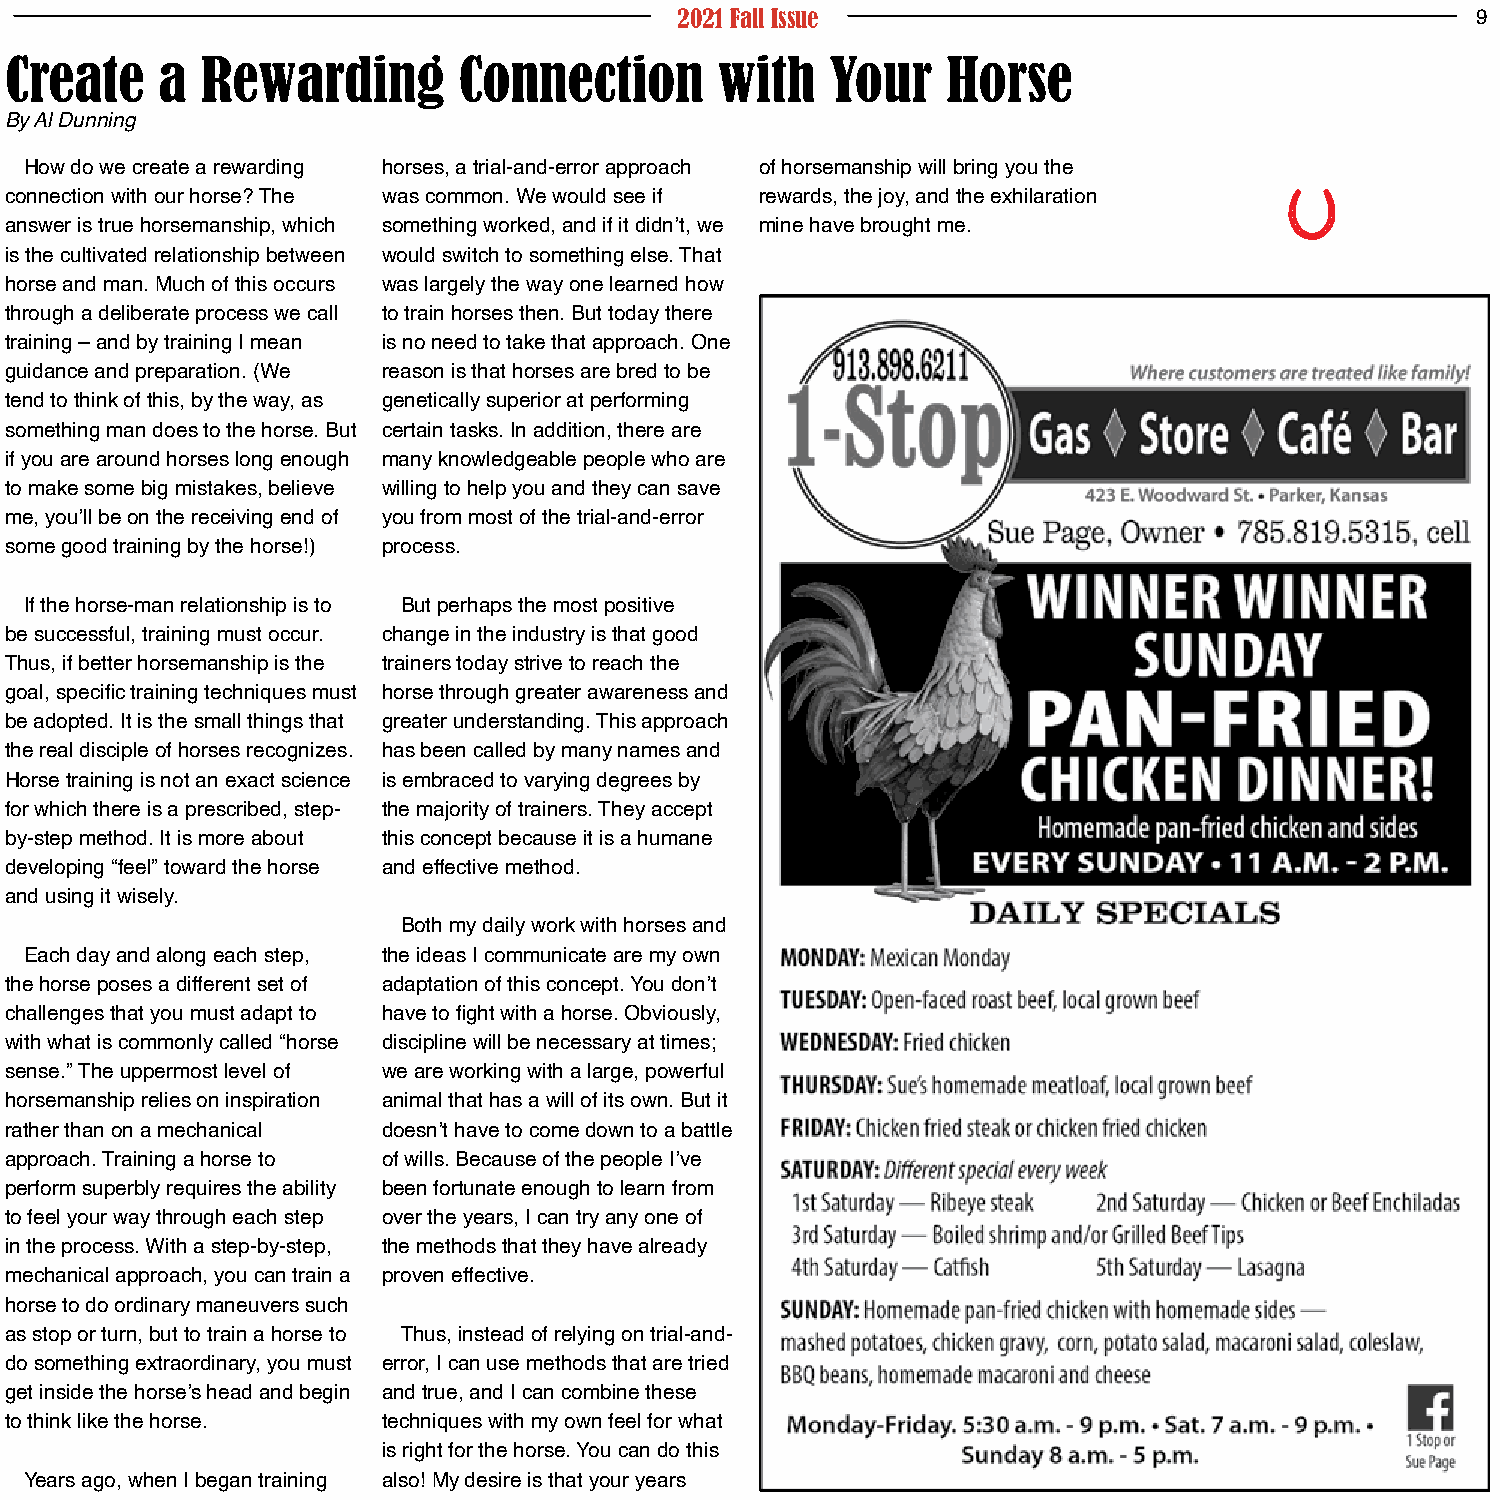
2021 Fall Issue                                      9
 Create     a Rewarding        Connection        with   Your    Horse
 By Al Dunning
 How do we create a rewarding horses, a trial-and-error approach of horsemanship will bring you the
 connection with our horse? The was common. We would see if rewards, the joy, and the exhilaration
 answer is true horsemanship, which something worked, and if it didn’t, we mine have brought me.
 is the cultivated relationship between would switch to something else. That
 horse and man. Much of this occurs was largely the way one learned how
 through a deliberate process we call to train horses then. But today there
 training – and by training I mean is no need to take that approach. One
 guidance and preparation. (We reason is that horses are bred to be
 tend to think of this, by the way, as genetically superior at performing
 something man does to the horse. But certain tasks. In addition, there are
 if you are around horses long enough many knowledgeable people who are
 to make some big mistakes, believe willing to help you and they can save
 me, you’ll be on the receiving end of you from most of the trial-and-error
 some good training by the horse!) process.
 If the horse-man relationship is to But perhaps the most positive
 be successful, training must occur. change in the industry is that good
 Thus, if better horsemanship is the trainers today strive to reach the
 goal, specific training techniques must horse through greater awareness and
 be adopted. It is the small things that greater understanding. This approach
 the real disciple of horses recognizes. has been called by many names and
 Horse training is not an exact science is embraced to varying degrees by
 for which there is a prescribed, step- the majority of trainers. They accept
 by-step method. It is more about this concept because it is a humane
 developing “feel” toward the horse and effective method.
 and using it wisely.
 Both my daily work with horses and
 Each day and along each step, the ideas I communicate are my own
 the horse poses a different set of adaptation of this concept. You don’t
 challenges that you must adapt to have to fight with a horse. Obviously,
 with what is commonly called “horse discipline will be necessary at times;
 sense.” The uppermost level of we are working with a large, powerful
 horsemanship relies on inspiration animal that has a will of its own. But it
 rather than on a mechanical doesn’t have to come down to a battle
 approach. Training a horse to of wills. Because of the people I’ve
 perform superbly requires the ability been fortunate enough to learn from
 to feel your way through each step over the years, I can try any one of
 in the process. With a step-by-step, the methods that they have already
 mechanical approach, you can train a proven effective.
 horse to do ordinary maneuvers such
 as stop or turn, but to train a horse to Thus, instead of relying on trial-and-
 do something extraordinary, you must error, I can use methods that are tried
 get inside the horse’s head and begin and true, and I can combine these
 to think like the horse. techniques with my own feel for what
 is right for the horse. You can do this
 Years ago, when I began training also! My desire is that your years